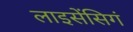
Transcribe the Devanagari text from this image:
लाइसेंसिगं